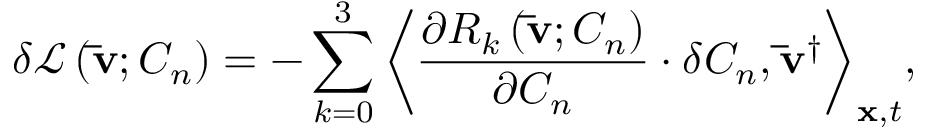
\delta { \mathcal L } \left( { { \bf { \bar { v } } } ; { C _ { n } } } \right) = - \sum _ { k = 0 } ^ { 3 } { { { \left\langle { \frac { { \partial { R _ { k } } \left( { { \bf { \bar { v } } } ; { C _ { n } } } \right) } } { { \partial { C _ { n } } } } \cdot \delta { C _ { n } } , { { { \bf { \bar { v } } } } ^ { \dag } } } \right\rangle } _ { { \bf { x } } , t } } } ,